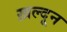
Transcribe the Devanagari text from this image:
ख़ल्दून